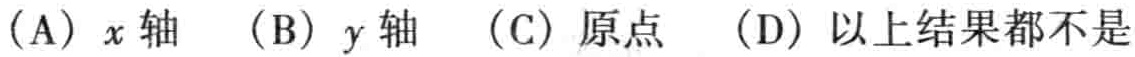
(A) \(x\) 轴  (B) \(y\) 轴  (C) 原点  (D) 以上结果都不是